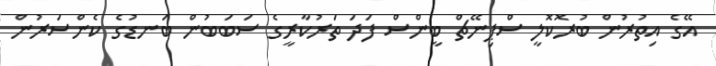
އޭގެ އިތުރުން ބުރޮކޮލީ ސްޕިނޭޗް ބީންސް ފަދަ ތަރުކާރީގެ ސަބަބުން ބަނޑުގެ ކެންސަރުން